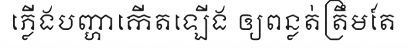
ភ្លើងបញ្ហាកើតឡើង ឲ្យពន្លត់ត្រឹមតែ